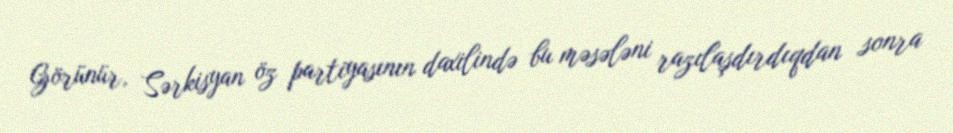
Görünür, Sərkisyan öz partiyasının daxilində bu məsələni razılaşdırdıqdan sonra